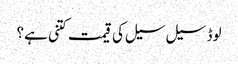
لوڈ سیل سیل کی قیمت کتنی ہے؟